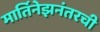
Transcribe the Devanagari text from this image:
मार्तिनेझनंतरची